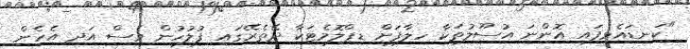
"ކަނޑައެޅިފައި އޮންނަ އުސޫލުތަކާ ހިލާފަށް ޑިޕްލޮމެޓަކާ ދޭތެރޭގައި ފުލުހުން ވެސް އަދި އެހެން